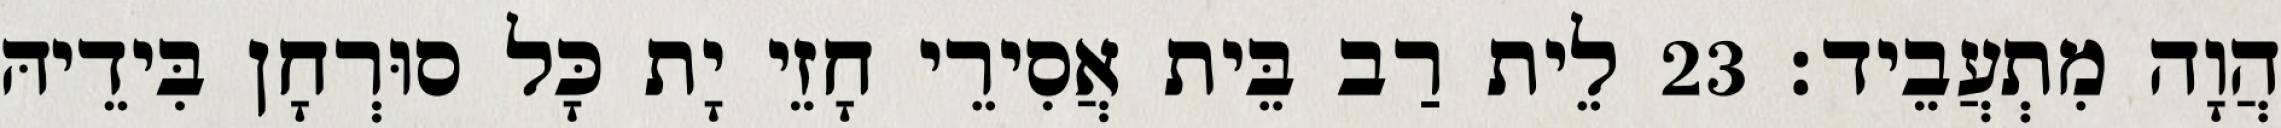
הֲוָה מִתְעֲבֵיד׃ 23 לֵית רַב בֵּית אֲסִירֵי חָזֵי יָת כָּל סוּרְחָן בִּידֵיהּ